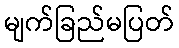
မျက်ခြည်မပြတ်